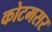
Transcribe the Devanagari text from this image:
कोटमसर